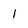
Character: 1